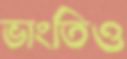
ভাংতিও